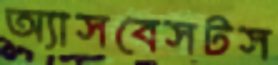
অ্যাসবেসটস